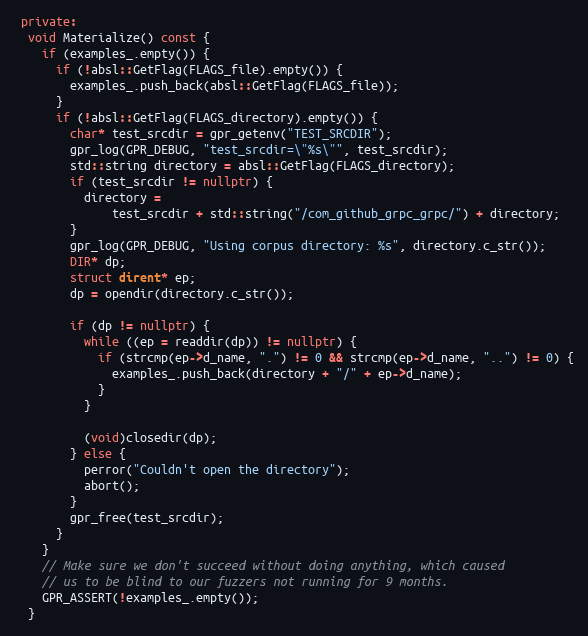
Language: C++
 private:
  void Materialize() const {
    if (examples_.empty()) {
      if (!absl::GetFlag(FLAGS_file).empty()) {
        examples_.push_back(absl::GetFlag(FLAGS_file));
      }
      if (!absl::GetFlag(FLAGS_directory).empty()) {
        char* test_srcdir = gpr_getenv("TEST_SRCDIR");
        gpr_log(GPR_DEBUG, "test_srcdir=\"%s\"", test_srcdir);
        std::string directory = absl::GetFlag(FLAGS_directory);
        if (test_srcdir != nullptr) {
          directory =
              test_srcdir + std::string("/com_github_grpc_grpc/") + directory;
        }
        gpr_log(GPR_DEBUG, "Using corpus directory: %s", directory.c_str());
        DIR* dp;
        struct dirent* ep;
        dp = opendir(directory.c_str());

        if (dp != nullptr) {
          while ((ep = readdir(dp)) != nullptr) {
            if (strcmp(ep->d_name, ".") != 0 && strcmp(ep->d_name, "..") != 0) {
              examples_.push_back(directory + "/" + ep->d_name);
            }
          }

          (void)closedir(dp);
        } else {
          perror("Couldn't open the directory");
          abort();
        }
        gpr_free(test_srcdir);
      }
    }
    // Make sure we don't succeed without doing anything, which caused
    // us to be blind to our fuzzers not running for 9 months.
    GPR_ASSERT(!examples_.empty());
  }